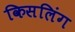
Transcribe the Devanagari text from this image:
किसलिंग